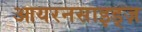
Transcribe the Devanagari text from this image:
आयरनसाइड्ज़